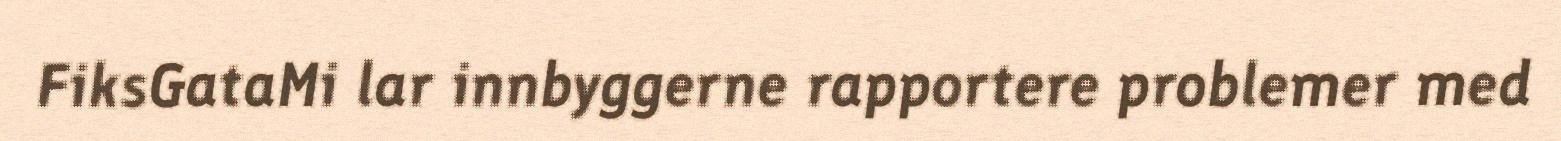
FiksGataMi lar innbyggerne rapportere problemer med